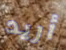
أريد